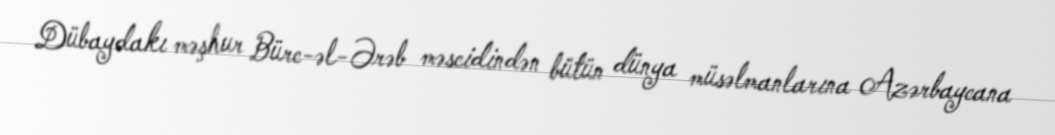
Dübaydakı məşhur Bürc-əl-Ərəb məscidindən bütün dünya müsəlmanlarına Azərbaycana